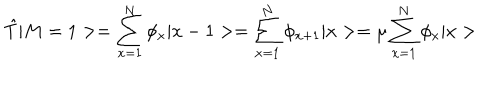
\hat { T } | M = 1 > = \sum _ { x = 1 } ^ { N } \phi _ { x } | x - 1 > = \sum _ { x = 1 } ^ { N } \phi _ { x + 1 } | x > = \mu \sum _ { x = 1 } ^ { N } \phi _ { x } | x >